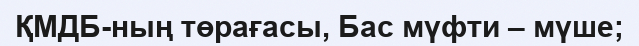
ҚМДБ-ның төрағасы, Бас мүфти – мүше;